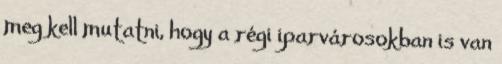
meg kell mutatni, hogy a régi iparvárosokban is van